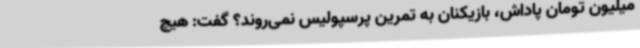
میلیون تومان پاداش، بازیکنان به تمرین پرسپولیس نمی‌روند؟ گفت: هیچ